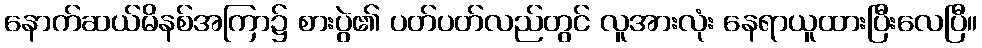
နောက်ဆယ်မိနစ်အကြာ၌ စားပွဲ၏ ပတ်ပတ်လည်တွင် လူအားလုံး နေရာယူထားပြီးလေပြီ။